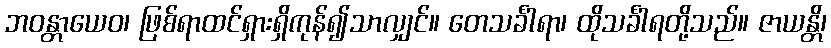
ဘဝန္တာယေဝ၊ ဖြစ်ရာထင်ရှားရှိကုန်၍သာလျှင်။ တေသင်္ခါရာ၊ ထိုသင်္ခါရတို့သည်။ ဇာယန္တိ၊